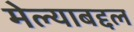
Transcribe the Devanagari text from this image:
मेल्याबद्दल